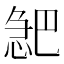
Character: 𪬎